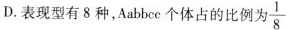
D.表现型有8种，Aabbcc个体占的比例为 \frac{1}{8}